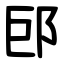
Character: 䢹